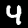
Label: 4